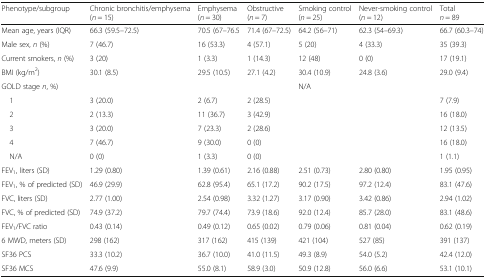
<table><thead><tr><td><b>Phenotype/subgroup</b></td><td><b>Chronic bronchitis/emphysema(<i>n</i> = 15)</b></td><td><b>Emphysema(<i>n</i> = 30)</b></td><td><b>Obstructive(<i>n</i> = 7)</b></td><td><b>Smoking control(<i>n</i> = 25)</b></td><td><b>Never-smoking control(<i>n</i> = 12)</b></td><td><b>Total<i>n</i> = 89</b></td></tr></thead><tbody><tr><td>Mean age, years (IQR)</td><td>66.3 (59.5–72.5)</td><td>70.5 (67–76.5</td><td>71.4 (67–72.5)</td><td>64.2 (56–71)</td><td>62.3 (54–69.3)</td><td>66.7 (60.3–74)</td></tr><tr><td>Male sex, <i>n</i> (%)</td><td>7 (46.7)</td><td>16 (53.3)</td><td>4 (57.1)</td><td>5 (20)</td><td>4 (33.3)</td><td>35 (39.3)</td></tr><tr><td>Current smokers, <i>n</i> (%)</td><td>3 (20)</td><td>1 (3.3)</td><td>1 (14.3)</td><td>12 (48)</td><td>0 (0)</td><td>17 (19.1)</td></tr><tr><td>BMI (kg/m<sup>2</sup>)</td><td>30.1 (8.5)</td><td>29.5 (10.5)</td><td>27.1 (4.2)</td><td>30.4 (10.9)</td><td>24.8 (3.6)</td><td>29.0 (9.4)</td></tr><tr><td>GOLD stage <i>n</i>, %)</td><td></td><td></td><td></td><td rowspan="6" colspan="2">N/A</td><td></td></tr><tr><td> 1</td><td>3 (20.0)</td><td>2 (6.7)</td><td>2 (28.5)</td><td>7 (7.9)</td></tr><tr><td> 2</td><td>2 (13.3)</td><td>11 (36.7)</td><td>3 (42.9)</td><td>16 (18.0)</td></tr><tr><td> 3</td><td>3 (20.0)</td><td>7 (23.3)</td><td>2 (28.6)</td><td>12 (13.5)</td></tr><tr><td> 4</td><td>7 (46.7)</td><td>9 (30.0)</td><td>0 (0)</td><td>16 (18.0)</td></tr><tr><td> N/A</td><td>0 (0)</td><td>1 (3.3)</td><td>0 (0)</td><td>1 (1.1)</td></tr><tr><td>FEV<sub>1</sub>, liters (SD)</td><td>1.29 (0.80)</td><td>1.39 (0.61)</td><td>2.16 (0.88)</td><td>2.51 (0.73)</td><td>2.80 (0.80)</td><td>1.95 (0.95)</td></tr><tr><td>FEV<sub>1</sub>, % of predicted (SD)</td><td>46.9 (29.9)</td><td>62.8 (95.4)</td><td>65.1 (17.2)</td><td>90.2 (17.5)</td><td>97.2 (12.4)</td><td>83.1 (47.6)</td></tr><tr><td>FVC, liters (SD)</td><td>2.77 (1.00)</td><td>2.54 (0.98)</td><td>3.32 (1.27)</td><td>3.17 (0.90)</td><td>3.42 (0.86)</td><td>2.94 (1.02)</td></tr><tr><td>FVC, % of predicted (SD)</td><td>74.9 (37.2)</td><td>79.7 (74.4)</td><td>73.9 (18.6)</td><td>92.0 (12.4)</td><td>85.7 (28.0)</td><td>83.1 (48.6)</td></tr><tr><td>FEV<sub>1</sub>/FVC ratio</td><td>0.43 (0.14)</td><td>0.49 (0.12)</td><td>0.65 (0.02)</td><td>0.79 (0.06)</td><td>0.81 (0.04)</td><td>0.62 (0.19)</td></tr><tr><td>6 MWD, meters (SD)</td><td>298 (162)</td><td>317 (162)</td><td>415 (139)</td><td>421 (104)</td><td>527 (85)</td><td>391 (137)</td></tr><tr><td>SF36 PCS</td><td>33.3 (10.2)</td><td>36.7 (10.0)</td><td>41.0 (11.5)</td><td>49.3 (8.9)</td><td>54.0 (5.2)</td><td>42.4 (12.0)</td></tr><tr><td>SF36 MCS</td><td>47.6 (9.9)</td><td>55.0 (8.1)</td><td>58.9 (3.0)</td><td>50.9 (12.8)</td><td>56.0 (6.6)</td><td>53.1 (10.1)</td></tr></tbody></table>